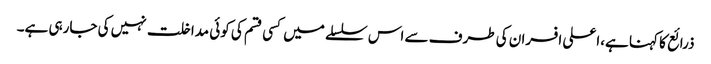
ذرائع کا کہنا ہے،اعلی افسران کی طرف سے اس سلسلے میں کسی قسم کی کوئی مداخلت نہیں کی جارہی ہے۔